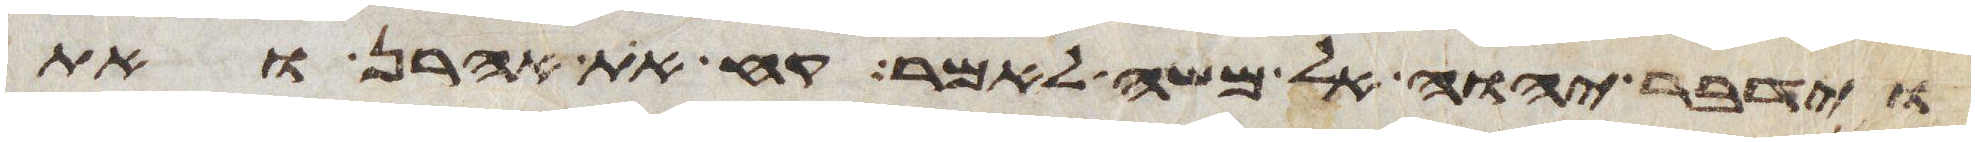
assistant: וידבר יהוה אל משה לאמר קח את אהרן ואת